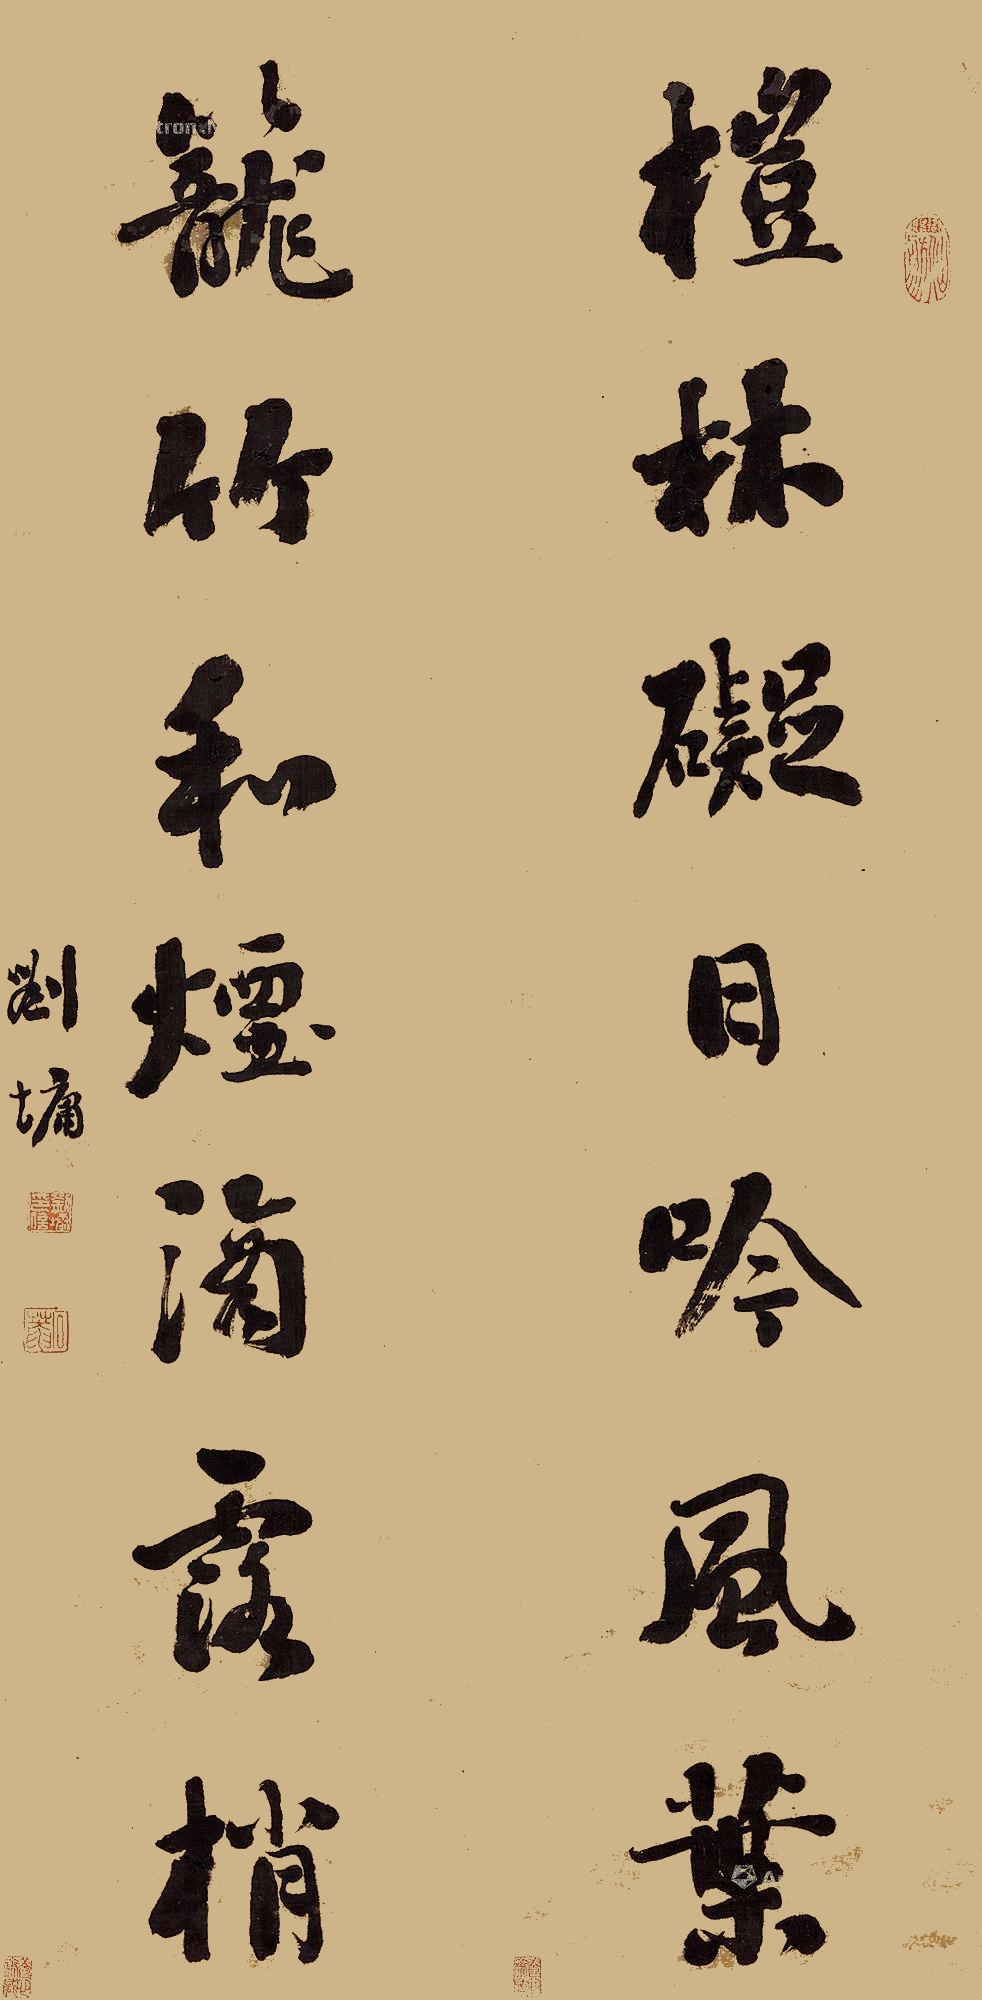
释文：桤林碍日吟风叶，笼竹和烟滴露梢。刘墉。